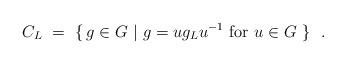
LaTeX: \begin{align*} C_L \ = \ \{ \, g \in G \ | \ g = u g_L u^{-1} \mbox{ for } u \in G \ \} \ \ .\end{align*}